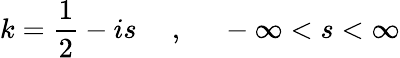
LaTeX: k=\frac{1}{2}-is~~~~~,~~~~~-\infty<s<\infty